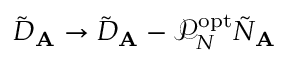
\tilde { D } _ { \mathbf { A } } \rightarrow \tilde { D } _ { \mathbf { A } } - \mathcal { P } _ { N } ^ { \mathrm { o p t } } \tilde { N } _ { \mathbf { A } }